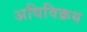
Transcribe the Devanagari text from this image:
अधिविक्रय